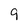
Character: 9